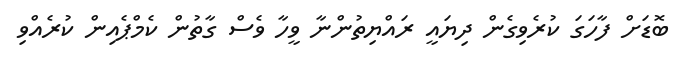
ބޮޑަށް ފާހަގަ ކުރެވިގެން ދިޔައީ ރައްޔިތުންނާ ވީހާ ވެސް ގާތުން ކެމްޕެއިން ކުރެއްވި